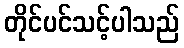
တိုင်ပင်သင့်ပါသည်